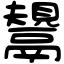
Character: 鬹